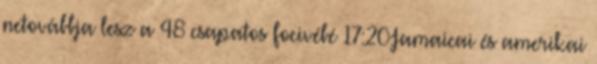
netovábbja lesz a 48 csapatos focivébé 17:20Jamaicai és amerikai